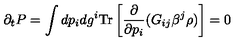
\partial _ { t } P = \int d p _ { i } d g ^ { i } \mathrm { T r } \left[ { \frac { \partial } { \partial p _ { i } } } ( G _ { i j } \beta ^ { j } \rho ) \right] = 0